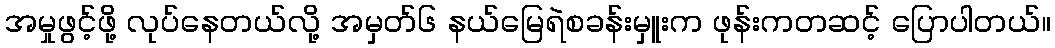
အမှုဖွင့်ဖို့ လုပ်နေတယ်လို့ အမှတ်၆ နယ်မြေရဲစခန်းမှူးက ဖုန်းကတဆင့် ပြောပါတယ်။